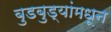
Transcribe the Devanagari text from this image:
बुडबुड्यांमधून